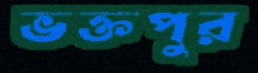
ভক্তপুর